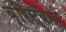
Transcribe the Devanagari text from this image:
ब्रिस्बेनमें